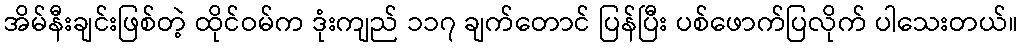
အိမ်နီးချင်းဖြစ်တဲ့ ထိုင်ဝမ်က ဒုံးကျည် ၁၁၇ ချက်တောင် ပြန်ပြီး ပစ်ဖောက်ပြလိုက် ပါသေးတယ်။